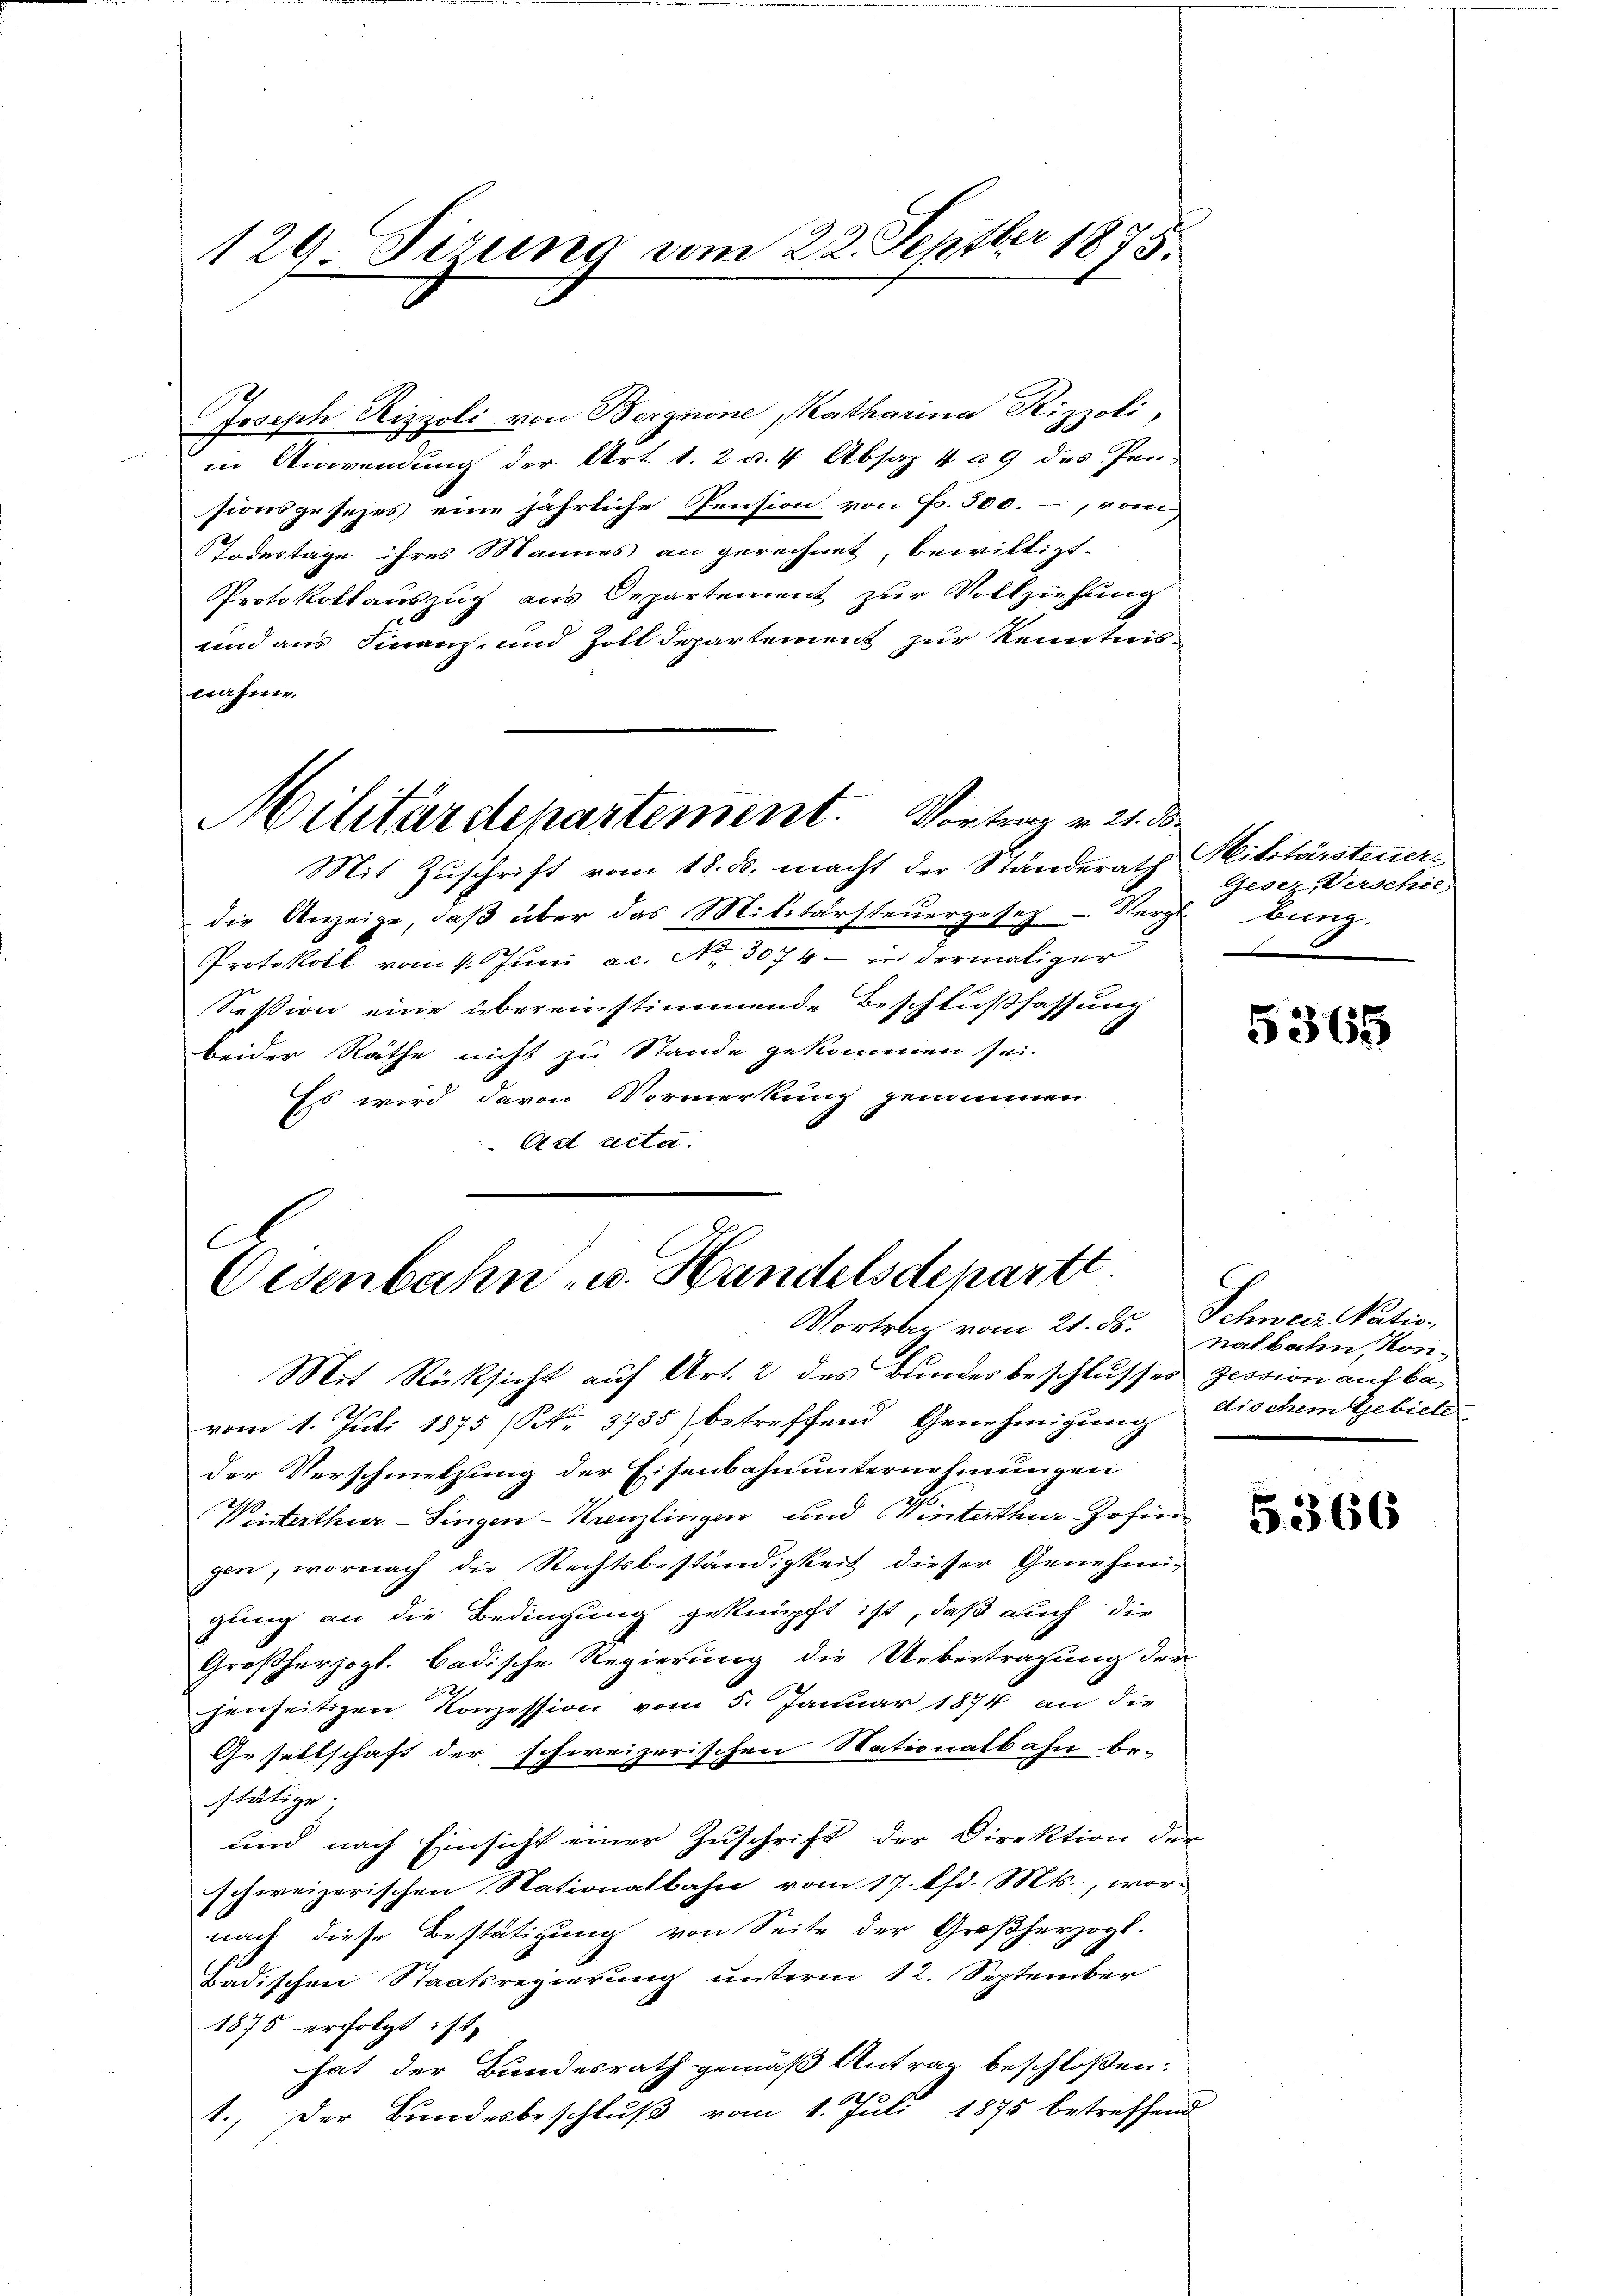
Joseph Rizzoli von Bergnone, Katharina Rizzoli,
in Anwendung der Art. 1. 2 u. 4 Absatz 4 a 9 des Pen-
sionsgesezes eine jährliche Pension von Fr. 500.-, vom
Todestage ihres Mannes an gerechnet, bewilligt.
Protokollauszug aus Departement zur Vollziehung
und aus Finanz- und Zoll Departement zur Kenntnis
wrahme.
Militärdepartement. Vortrag v. 21. d.
Mit Zuschrift vom 18. ds. macht der Ständerath Militärsteuer-
die Anzeige, daß über das Militärsteuergesetz - Vergl. Burg.
Protokoll vom 4. Juni ac. No. 3074 — in dermaliger
Session eine übereinstimmende Beschlußfassung
beider Räthe nicht zu Stande gekommen sei.
Es wird davon Vormerkung genommen
Ad acta.

129. Jirung vom 22. Septbr 1875.

C
Oesenbahn u. Handelsdepartt
Vortrag vom 21. ds. nalbahn, Kon-

Mit Rücksicht auf Art. 2 des Bundesbeschlusses Zession auf bevom 1. Jŭli 1875 (S. 3785 betreffend Genehmigŭng
der Verschmelzung der Eisenbahnunternehmungen
Wisterthur–Singen-Kreuzlingen und Winterthur Johin
gen, wornach die Rechtsbeständigkeit dieser Genehmi-
gung an die Bedingung geknüpft ist, daß auch die
Großherzogl. badische Regierung die Uebertragung der
henseitigen Konzession vom 5. Januar 1874 an die
Gesellschaft der schweizerischen Nationalbahn be-
stätige.
und nach Einsicht einer Zuschrift der Direktion der
schweizerischen Stationalbahn vom 17. Pfd. Mts., wor-
nach diese Bestätigung von Seite der Großherzogt.
Badischen Staatsregierung unterm 12. September
1875 erfolgt ist,
hat der Bundesrath gemäß Antrag beschloßen:
1., Der Bundesbeschluß vom 1. Juli 1875 betreffend

Gesez-Verschie-

5365

Schweiz Pation
dtischem Gebiete

5366